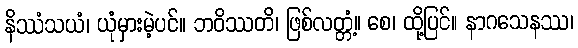
နိဿံသယံ၊ ယုံမှားမဲ့ပင်။ ဘဝိဿတိ၊ ဖြစ်လတ္တံ့။ စေ၊ ထို့ပြင်။ နာဂသေနဿ၊